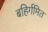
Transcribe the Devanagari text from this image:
बहिर्गमित